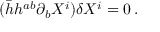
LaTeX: ( \bar { h } h ^ { a b } \partial _ { b } X ^ { i } ) \delta X ^ { i } = 0 \, .